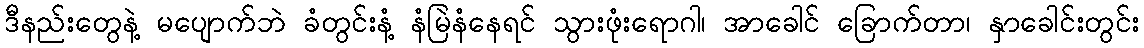
ဒီနည်းတွေနဲ့ မပျောက်ဘဲ ခံတွင်းနံ့ နံမြဲနံနေရင် သွားဖုံးရောဂါ၊ အာခေါင် ခြောက်တာ၊ နှာခေါင်းတွင်း